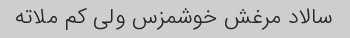
سالاد مرغش خوشمزس ولی کم ملاته